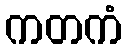
ကတကံ